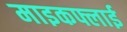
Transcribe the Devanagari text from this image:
माइकफ्लाई